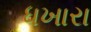
ધખારા